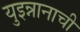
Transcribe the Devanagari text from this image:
युइन्नानाची